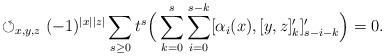
LaTeX: \begin{align*}\circlearrowleft_{x,y,z}(-1)^{|x||z|}\sum_{s\geq0}t^s\Big(\sum_{k=0}^{s}\sum_{i=0}^{s-k}[\alpha_{i}(x),[y,z]'_{k}]'_{s-i-k}\Big)=0. \end{align*}